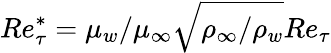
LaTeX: Re_{\tau}^{*}=\mu_{w}/\mu_{\infty}\sqrt{\rho_{\infty}/\rho_{w}}Re_{\tau}